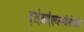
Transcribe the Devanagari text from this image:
द्स्॑अव्॑एव्स्स्वेर्सत्येरेरे